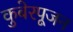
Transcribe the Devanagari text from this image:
कुबेरपूजन